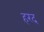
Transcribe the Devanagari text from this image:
हरद